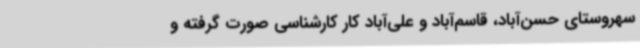
سهروستای حسن‌آباد، قاسم‌آباد و علی‌آباد کار کارشناسی صورت گرفته و